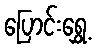
ပြောင်းရွှေ့